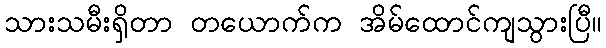
သားသမီးရှိတာ တယောက်က အိမ်ထောင်ကျသွားပြီ။